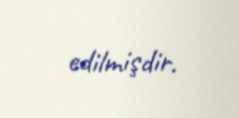
edilmişdir.